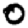
Digit: 0